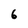
Character: 6